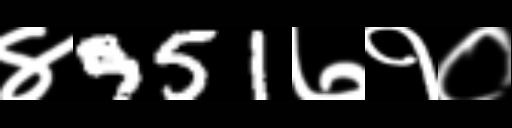
Text: ४951७१०